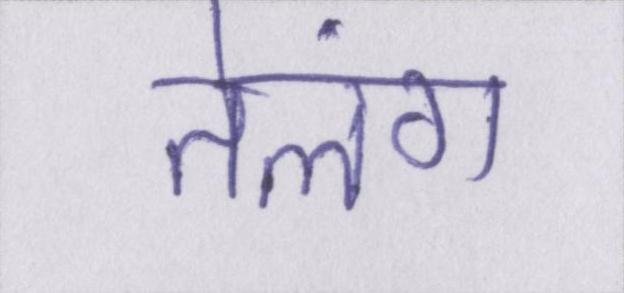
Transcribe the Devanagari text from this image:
तेलंग